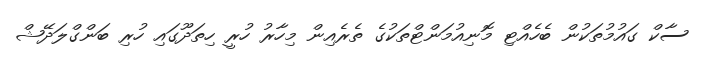
ސާކް ގައުމުތަކުން ބެހެއްޓި މޮނިއުމަންޓްތަކުގެ ތެރެއިން މިހާރު ހުރީ ހިތަދޫގައި ހުރި ބަންގްލަދޭޝް